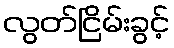
လွတ်ငြိမ်းခွင့်